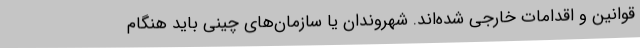
قوانین و اقدامات خارجی شده‌اند. شهروندان یا سازمان‌های چینی باید هنگام